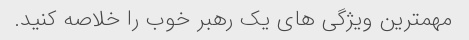
مهمترین ویژگی های یک رهبر خوب را خلاصه کنید.